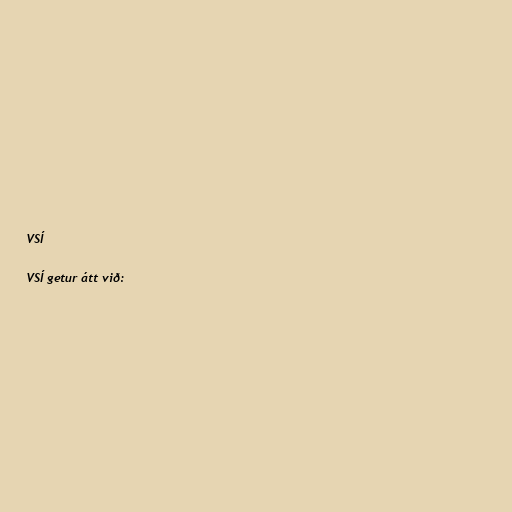
VSÍ

VSÍ getur átt við: